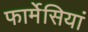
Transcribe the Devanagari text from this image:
फार्मेसियां